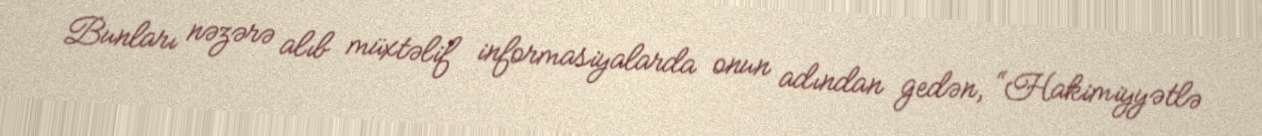
Bunları nəzərə alıb müxtəlif informasiyalarda onun adından gedən, “Hakimiyyətlə